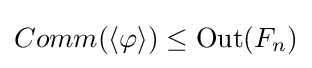
Comm(\langle \varphi \rangle )\leq \operatorname {Out} (F_{n})